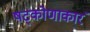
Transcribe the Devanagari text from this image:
षट्कोणाकारं